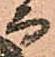
而